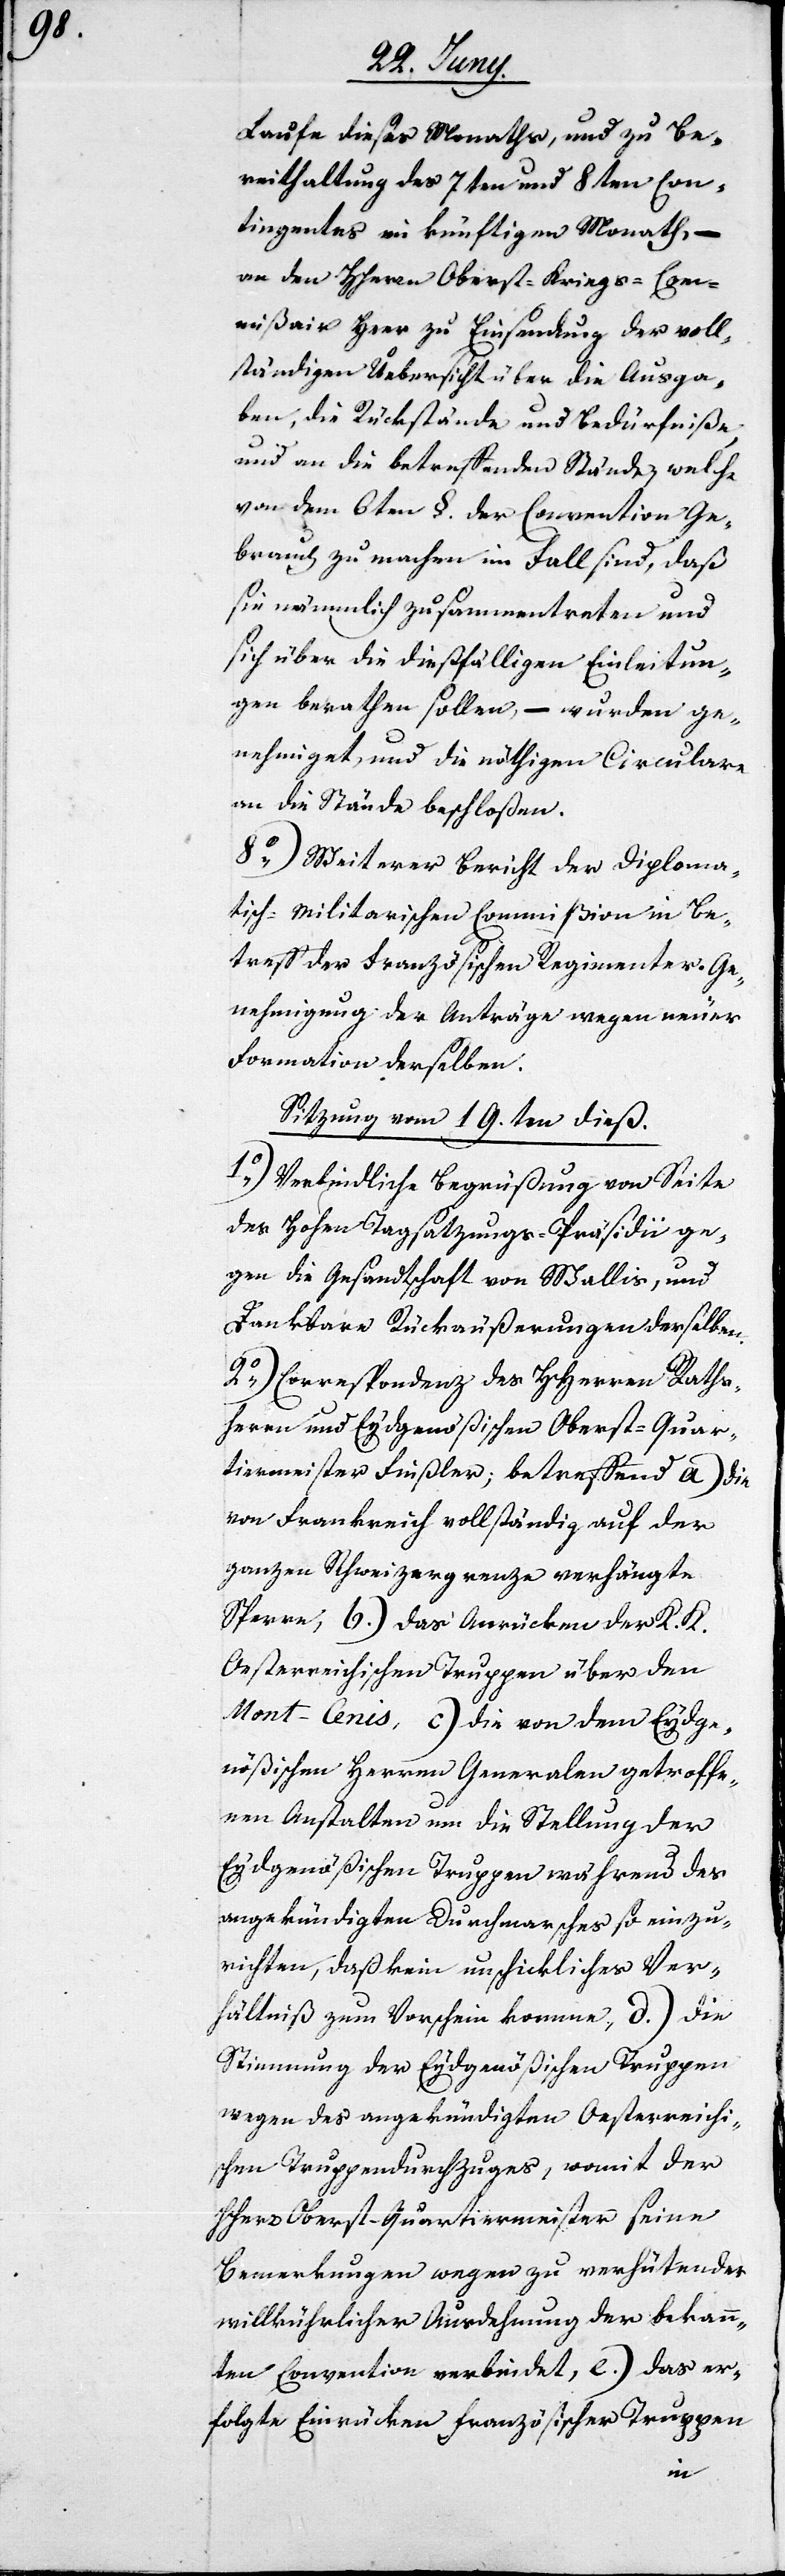
Laufe dieses Monaths, und zu Be¬
reithaltung des 7ten und 8ten Con¬
tingentes im künftigen Monath, –
an den Herrn Oberst-Kriegs-Com¬
mißair Heer zu Einsendung der voll¬
ständigen Übersicht über die Ausga¬
ben, die Rückstände und Bedürfniße
und an die betreffenden Stände, welche
von dem 6ten §. der Convention Ge¬
brauch zu machen im Fall sind, daß
sie nämmlich zusammentretten und
sich über die dießfälligen Einleitun¬
gen berathen sollen, – wurden ge¬
nehmiget, und die nöthigen Circulare
an die Stände beschloßen.
8o) Weiterer Bericht der Dipolma¬
tisch-Militarischen Commißion in Be¬
treff der Französischen Regimenter. Ge¬
nehmigung der Anträge wegen neuer
Formation derselben.
Sitzung vom 19.ten dieß.
1o) Verbindliche Begrüßung von Seite
des Hohen Tagsatzungs-Präsidii ge¬
gen die Gesandtschaft von Wallis, und
Dankbare Rückäußerungen derselben.
2o) Correspondenz des HHerren Raths¬
herren und Eydgenößischen Oberst-Quar¬
tiermeister Finsler; betreffend a) die
von Frankreich vollständig auf der
ganzen Schweizergrenze verhängte
Sperre, b) das Anrücken der K. K.
Oesterreichischen Truppen über den
Mont-Cenis, c) die von dem Eydge¬
nößischen Herren Generalen getroffe¬
nen Anstalten um die Stellung der
Eydgenößischen Truppen während des
angekündigten Durchmarsches so einzu¬
richten, daß kein unschickliches Ver¬
hältniß zum Vorschein komme, d) die
Stimmung der Eydgenößischen Truppen
wegen des angekündigten Oesterreichi¬
schen Truppendurchzuges, womit der
Herr Oberst-Quartiermeister seine
Bemerkungen wegen zu verhütender
willkürlicher Ausdehnung der bekann¬
ten Convention verbindet, e) das er¬
folgte Einrücken Französischer Truppen